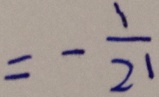
= - \frac { 1 } { 2 1 }